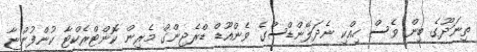
ތިނަދޫގެ ބިން ވެސް ހިއްކި ނެދަލޭންޑްސްގެ ވެންއޫޑް ޑްރެޖިންގް މެރިން ކޮންޓްރެކްޓާ ކުންފުންޏާ